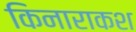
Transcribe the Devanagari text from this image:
किनाराकश